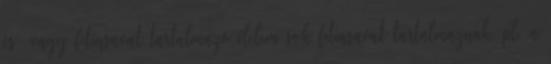
és vagy fitinsavat tartalmazó élelem sok fitinsavat tartalmaznak, pl. a